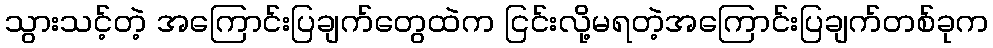
သွားသင့်တဲ့ အကြောင်းပြချက်တွေထဲက ငြင်းလို့မရတဲ့အကြောင်းပြချက်တစ်ခုက